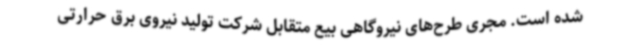
شده است. مجری طرح‌های نیروگاهی بیع متقابل شرکت تولید نیروی برق حرارتی